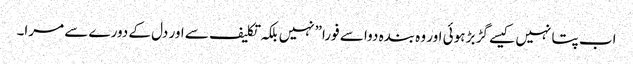
اب پتا نہیں کیسے گڑ بڑ ہوئی اور وہ بندہ دوا سے فورا”نہیں بلکہ تکلیف سے اور دل کے دورے سے مرا۔